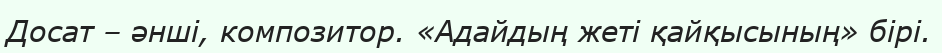
Досат – әнші, композитор. «Адайдың жеті қайқысының» бірі.